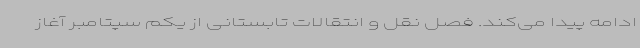
ادامه پیدا می‌کند. فصل نقل و انتقالات تابستانی از یکم سپتامبر آغاز